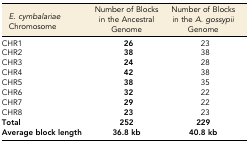
| E. cymbalariae Chromosome | Number of Blocks in the Ancestral Genome | Number of Blocks in the A. gossypii Genome |
 | --- | --- | --- |
 | CHR1 | 26 | 23 |
 | CHR2 | 38 | 38 |
 | CHR3 | 24 | 28 |
 | CHR4 | 42 | 38 |
 | CHR5 | 38 | 35 |
 | CHR6 | 32 | 22 |
 | CHR7 | 29 | 22 |
 | CHR8 | 23 | 23 |
 | Total | 252 | 229 |
 | Average block length | 36.8 kb | 40.8 kb |